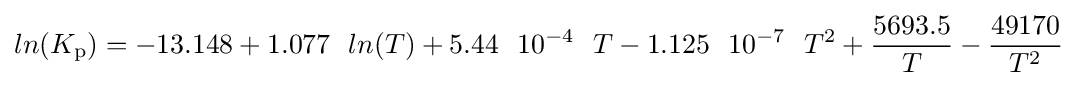
ln(K_{\mathrm {p} })=-13.148+1.077~~ln(T)+5.44~~10^{-4}~~T-1.125~~10^{-7}~~T^{2}+{\frac {5693.5}{T}}-{\frac {49170}{T^{2}}}